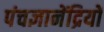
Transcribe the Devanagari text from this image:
पंचज्ञानेंद्रियों